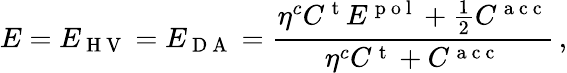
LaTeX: E=E_{\mathrm{~H~V~}}=E_{\mathrm{~D~A~}}=\frac{{\eta}^{c}C^{\mathrm{~t~}}E^{\mathrm{~p~o~l~}}+\frac{1}{2}C^{\mathrm{~a~c~c~}}}{{\eta}^{c}C^{\mathrm{~t~}}+C^{\mathrm{~a~c~c~}}}\, ,